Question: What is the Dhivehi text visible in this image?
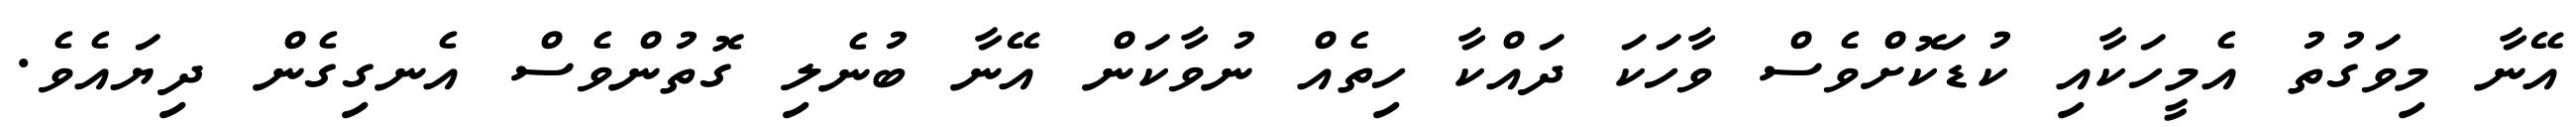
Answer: އޭނާ މިވަގުތު އެމީހަކާއި ކުޑަކޮށްވެސް ވާހަކަ ދައްކާ ހިތެއް ނުވާކަން އޭނާ ބުނެލި ގޮތުންވެސް އެނގިގެން ދިޔައެވެ.